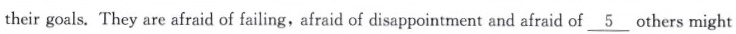
their goals. They are afraid of failing,afraid of disappointment and afraid of \underline{5} others might